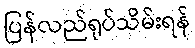
ပြန်လည်ရုပ်သိမ်းရန်